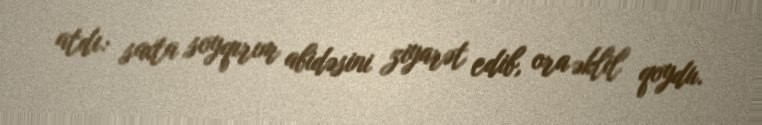
atdı: saxta soyqırım abidəsini ziyarət edib, ora əklil qoydu.